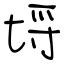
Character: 埒